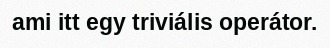
ami itt egy triviális operátor.